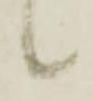
候